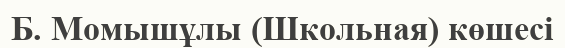
Б. Момышұлы (Школьная) көшесі